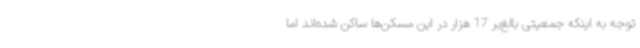
توجه به اینکه جمعیتی بالغ‌بر 17 هزار در این مسکن‌ها ساکن شده‌اند اما